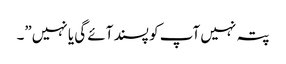
پتہ نہیں آپ کو پسند آئے گی یا نہیں”۔